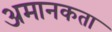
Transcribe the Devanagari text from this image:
अमानकता